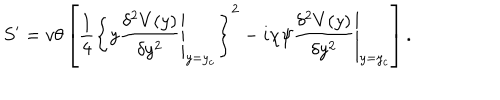
S ^ { \prime } = v \theta \left[ \frac { 1 } { 4 } \left\{ y \left. \frac { \delta ^ { 2 } V ( y ) } { \delta y ^ { 2 } } \right| _ { y = y _ { c } } \right\} ^ { 2 } - i \chi \psi \left. \frac { \delta ^ { 2 } V ( y ) } { \delta y ^ { 2 } } \right| _ { y = y _ { c } } \right] .